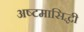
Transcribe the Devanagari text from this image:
अष्टमासिद्धी